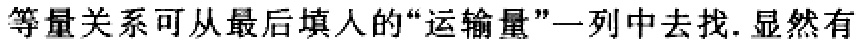
等量关系可从最后填人的“运输量”一列中去找.显然有